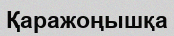
Қаражоңышқа